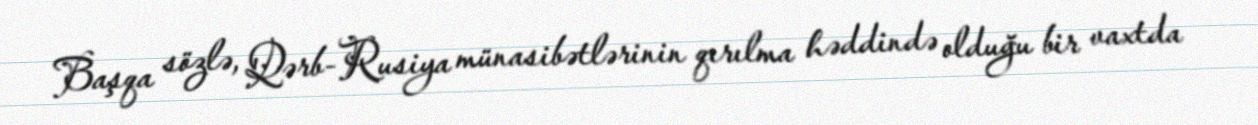
Başqa sözlə, Qərb-Rusiya münasibətlərinin qırılma həddində olduğu bir vaxtda